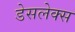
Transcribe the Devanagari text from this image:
डेसलेक्स